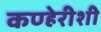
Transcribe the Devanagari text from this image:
कण्हेरीशी